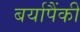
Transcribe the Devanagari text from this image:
बर्यापैंकी